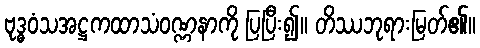
ဗုဒ္ဓဝံသအဋ္ဌကထာသံဝဏ္ဏနာကို ပြပြီး၍။ တိဿဘုရားမြတ်၏။